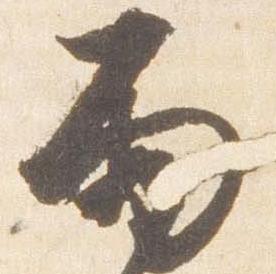
雨